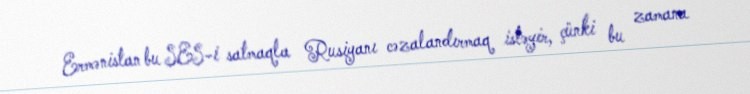
Ermənistan bu SES-i satmaqla Rusiyanı cəzalandırmaq istəyir, çünki bu zamana